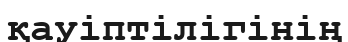
қауіптілігінің